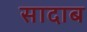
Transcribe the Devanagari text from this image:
सादाब